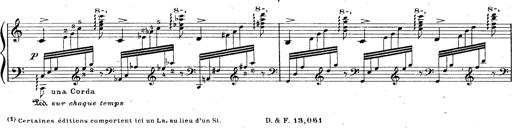
Title: God Save the Queen
Composer: Charles LÃ©on Hess
Key: A major